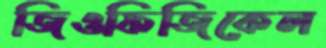
জিওফিজিকেল